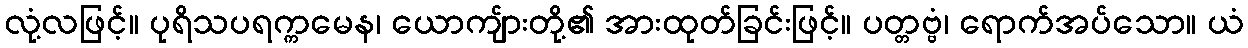
လုံ့လဖြင့်။ ပုရိသပရက္ကမေန၊ ယောကျ်ားတို့၏ အားထုတ်ခြင်းဖြင့်။ ပတ္တဗ္ဗံ၊ ရောက်အပ်သော။ ယံ